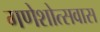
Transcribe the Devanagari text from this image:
गणेशोत्सवास